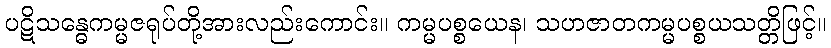
ပဋိသန္ဓေကမ္မဇရုပ်တို့အားလည်းကောင်း။ ကမ္မပစ္စယေန၊ သဟဇာတကမ္မပစ္စယသတ္တိဖြင့်။